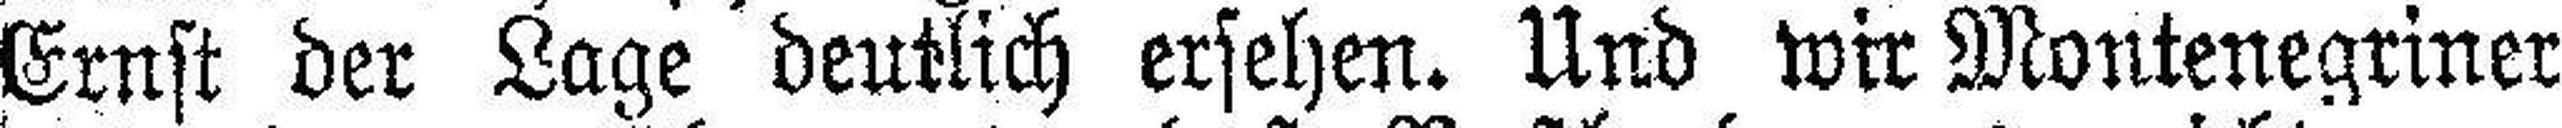
Ernst der Lage deutlich ersehen. Und wir Montenegriner